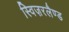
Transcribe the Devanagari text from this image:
स्विज़रलैण्ड